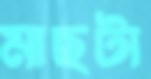
মাছটা